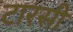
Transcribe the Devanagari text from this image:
टारसी